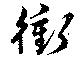
衝